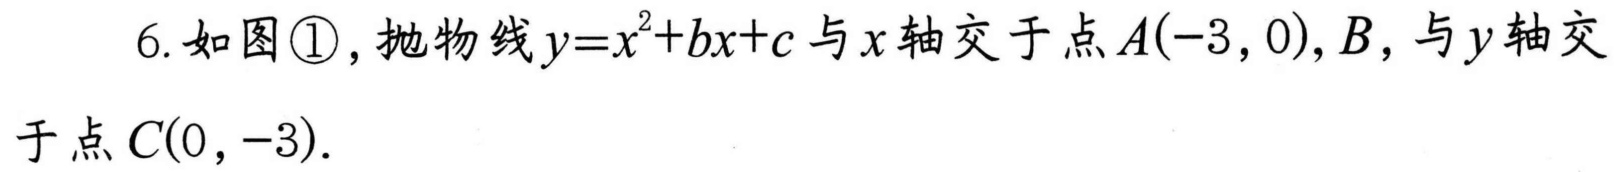
6. 如图\textcircled{1}，抛物线\(y = x^{2}+bx + c\)与\(x\)轴交于点\(A(-3,0)\)，\(B\)，与\(y\)轴交
于点\(C(0,-3)\).